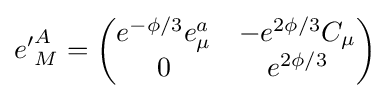
{e'}_{M}^{A}={\begin{pmatrix}e^{-\phi /3}e_{\mu }^{a}&-e^{2\phi /3}C_{\mu }\\0&e^{2\phi /3}\end{pmatrix}}